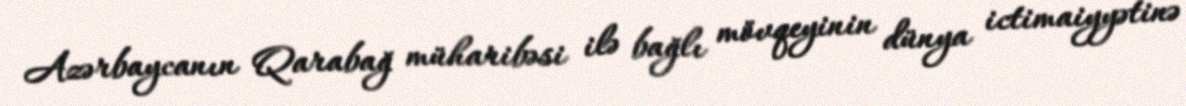
Azərbaycanın Qarabağ müharibəsi ilə bağlı mövqeyinin dünya ictimaiyyətinə